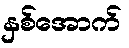
နှစ်အောက်